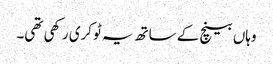
وہاں بینچ کے ساتھ یہ ٹوکری رکھی تھی۔